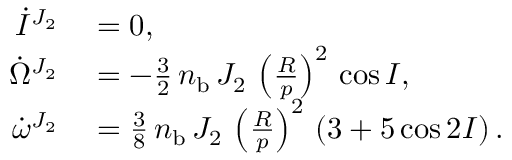
\begin{array} { r l } { \dot { I } ^ { J _ { 2 } } } & { { } = 0 , } \\ { \dot { \Omega } ^ { J _ { 2 } } } & { { } = - \frac { 3 } { 2 } \, n _ { \mathrm { b } } \, J _ { 2 } \, \left( \frac { R } { p } \right) ^ { 2 } \, \cos I , } \\ { \dot { \omega } ^ { J _ { 2 } } } & { { } = \frac { 3 } { 8 } \, n _ { \mathrm { b } } \, J _ { 2 } \, \left( \frac { R } { p } \right) ^ { 2 } \, \left( 3 + 5 \cos 2 I \right) . } \end{array}